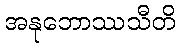
အနုဘောဿသီတိ